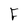
Character: F